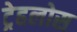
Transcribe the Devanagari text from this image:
ट्रेहलोस